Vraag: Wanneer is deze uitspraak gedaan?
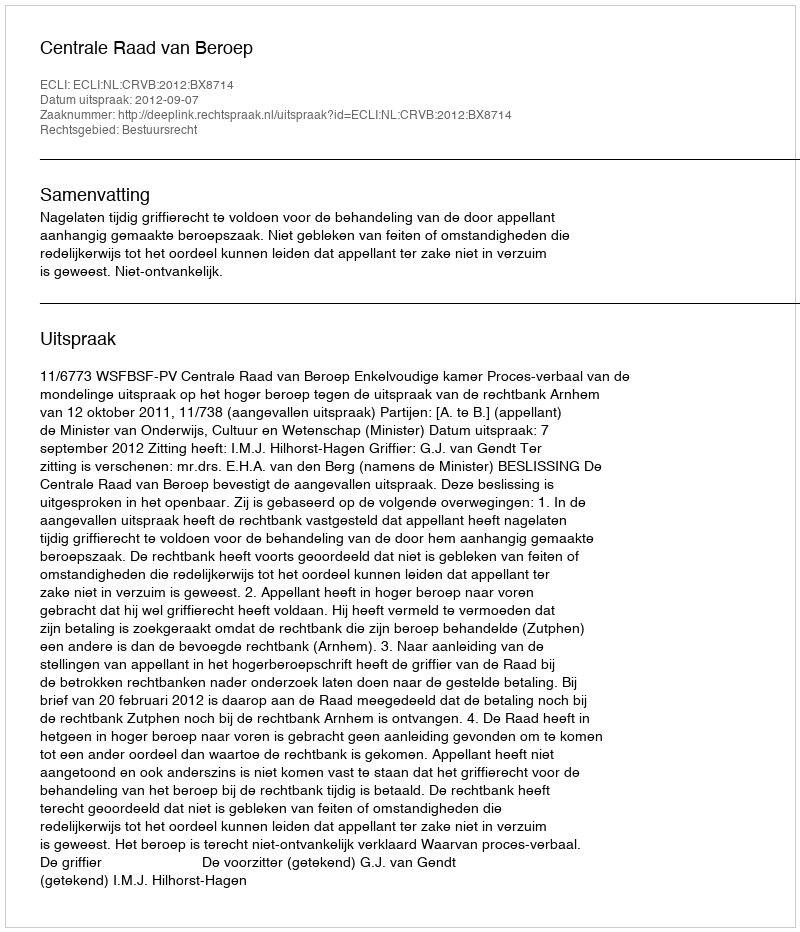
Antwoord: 2012-09-07